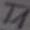
Text: T1